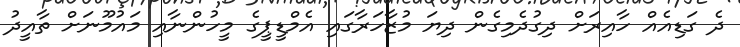
ދެ ގަޑިއެއް ހާއިރަށް ދިގުދެމިގެން ދިޔަ މުޒާހަރާގައި އެމްޑީޕީގެ މީހުންނާއި މައުމޫނަށް ތާއީދު